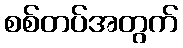
စစ်တပ်အတွက်